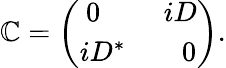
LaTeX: {\cal\mathbb{C}}=\left(\begin{array}{c}{{\ 0\quad\ \ \ \ \ iD}}\\ {{iD^{*}\quad\ \ \ \ 0}}\end{array}\right).